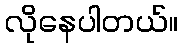
လိုနေပါတယ်။